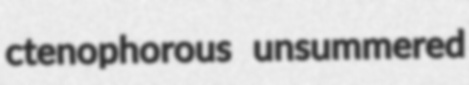
ctenophorous unsummered